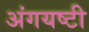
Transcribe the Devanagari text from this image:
अंगयष्टी